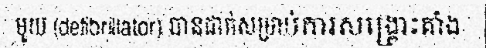
មួយ (defibrillator) បានដាក់សម្រាប់ការសង្គ្រោះគាំង